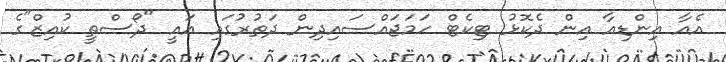
އެއާ އިންޑިއާ އިން ދެކޮޅު ޓިކެޓް ހަމަޖައްސައިދިން ދަތުރުގައި އައީ "ދޯސްތީ ކުއިޒް"ގެ